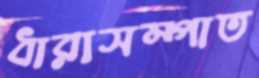
ধারাসম্পাত